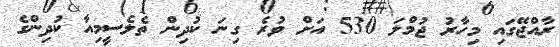
ރާއްޖޭގައި މިހާރު ޖުމްލަ 530 އަށް ވުރެ ގިނަ ކުދިން ތެލެސީމިއާ ކުދިންގެ